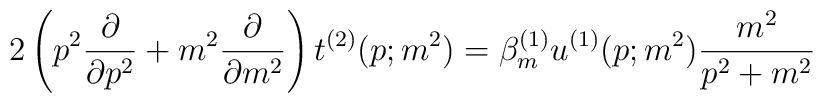
2 \left( p^2 \frac{\partial}{\partial p^2} + m^2\frac{\partial}{\partial m^2} \right) t^{(2)} (p; m^2) = \beta_m^{(1)}u^{(1)} (p;m^2) \frac{m^2}{p^2+m^2}